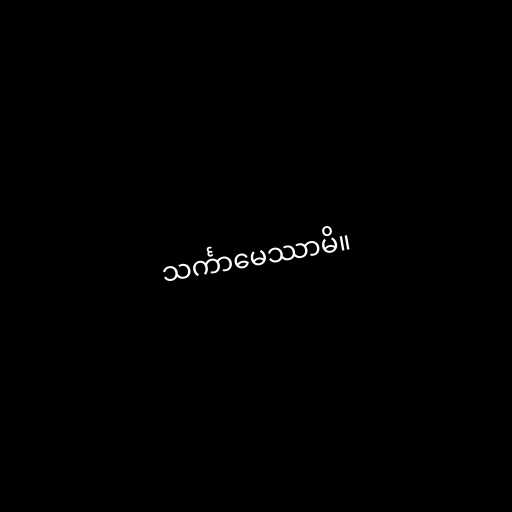
သင်္ကာမေဿာမိ။